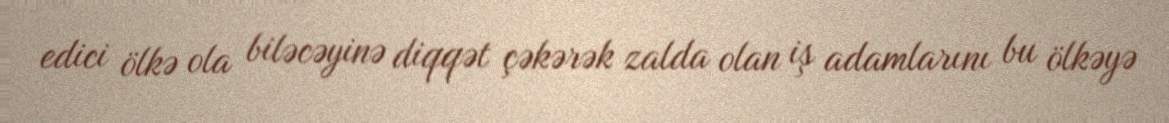
edici ölkə ola biləcəyinə diqqət çəkərək zalda olan iş adamlarını bu ölkəyə